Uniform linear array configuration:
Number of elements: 16
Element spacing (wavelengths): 0.25
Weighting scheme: kaiser
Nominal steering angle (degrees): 0
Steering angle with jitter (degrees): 0.08294
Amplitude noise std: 0.05
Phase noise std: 0.05

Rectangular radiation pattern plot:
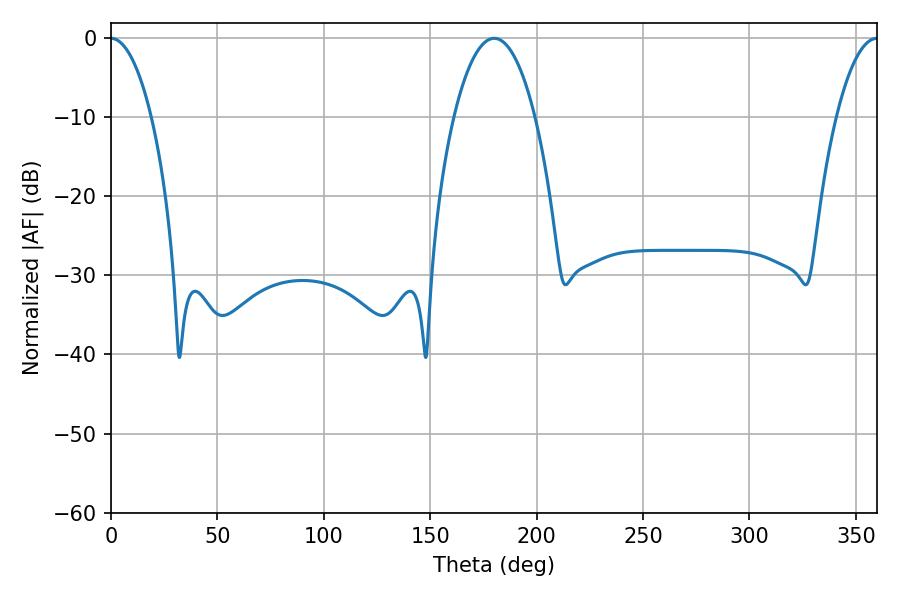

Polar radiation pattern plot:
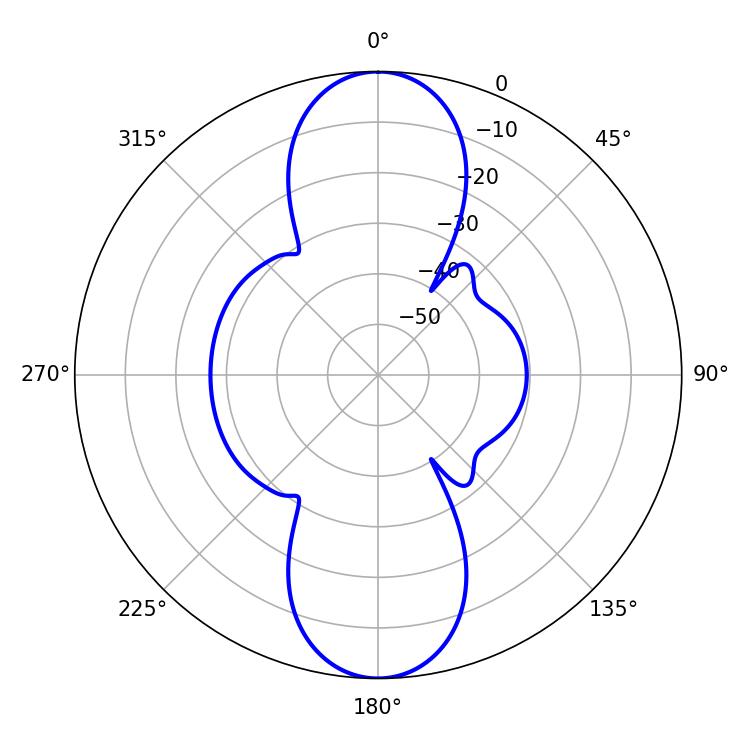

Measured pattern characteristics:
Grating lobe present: FALSE
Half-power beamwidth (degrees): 10.62
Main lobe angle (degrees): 0